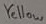
Text: Yellow